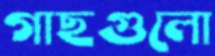
গাছগুলো